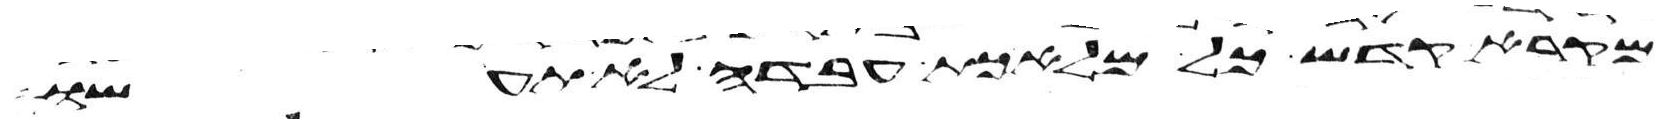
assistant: מקרא קדש כל מלאכת עבדה לא תעשו